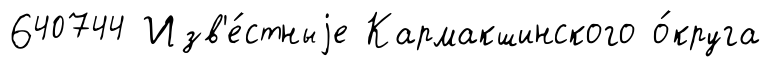
640744 Изв'е́стныjе Кармакшинского о́круга